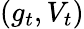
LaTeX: (g_{t},V_{t})